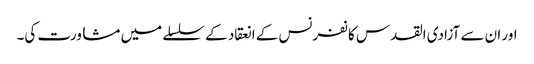
اور ان سے آزادی القدس کانفرنس کے انعقاد کے سلسلے میں مشاورت کی۔